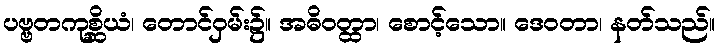
ပဗ္ဗတကုစ္ဆိယံ၊ တောင်ဝှမ်း၌။ အဓိဝတ္ထာ၊ စောင့်သော။ ဒေဝတာ၊ နတ်သည်။